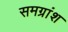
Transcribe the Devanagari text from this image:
समग्रांश